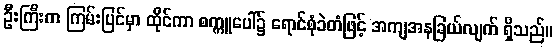
ဦးကြီးက ကြမ်းပြင်မှာ ထိုင်ကာ စက္ကူပေါ်၌ ရောင်စုံခဲတံဖြင့် အကျအနခြယ်လျက် ရှိသည်။